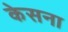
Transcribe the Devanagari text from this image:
केसना